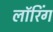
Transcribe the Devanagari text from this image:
लॉरिंग